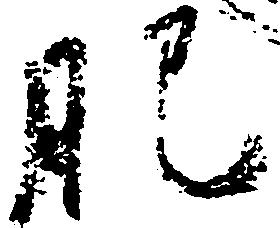
肥